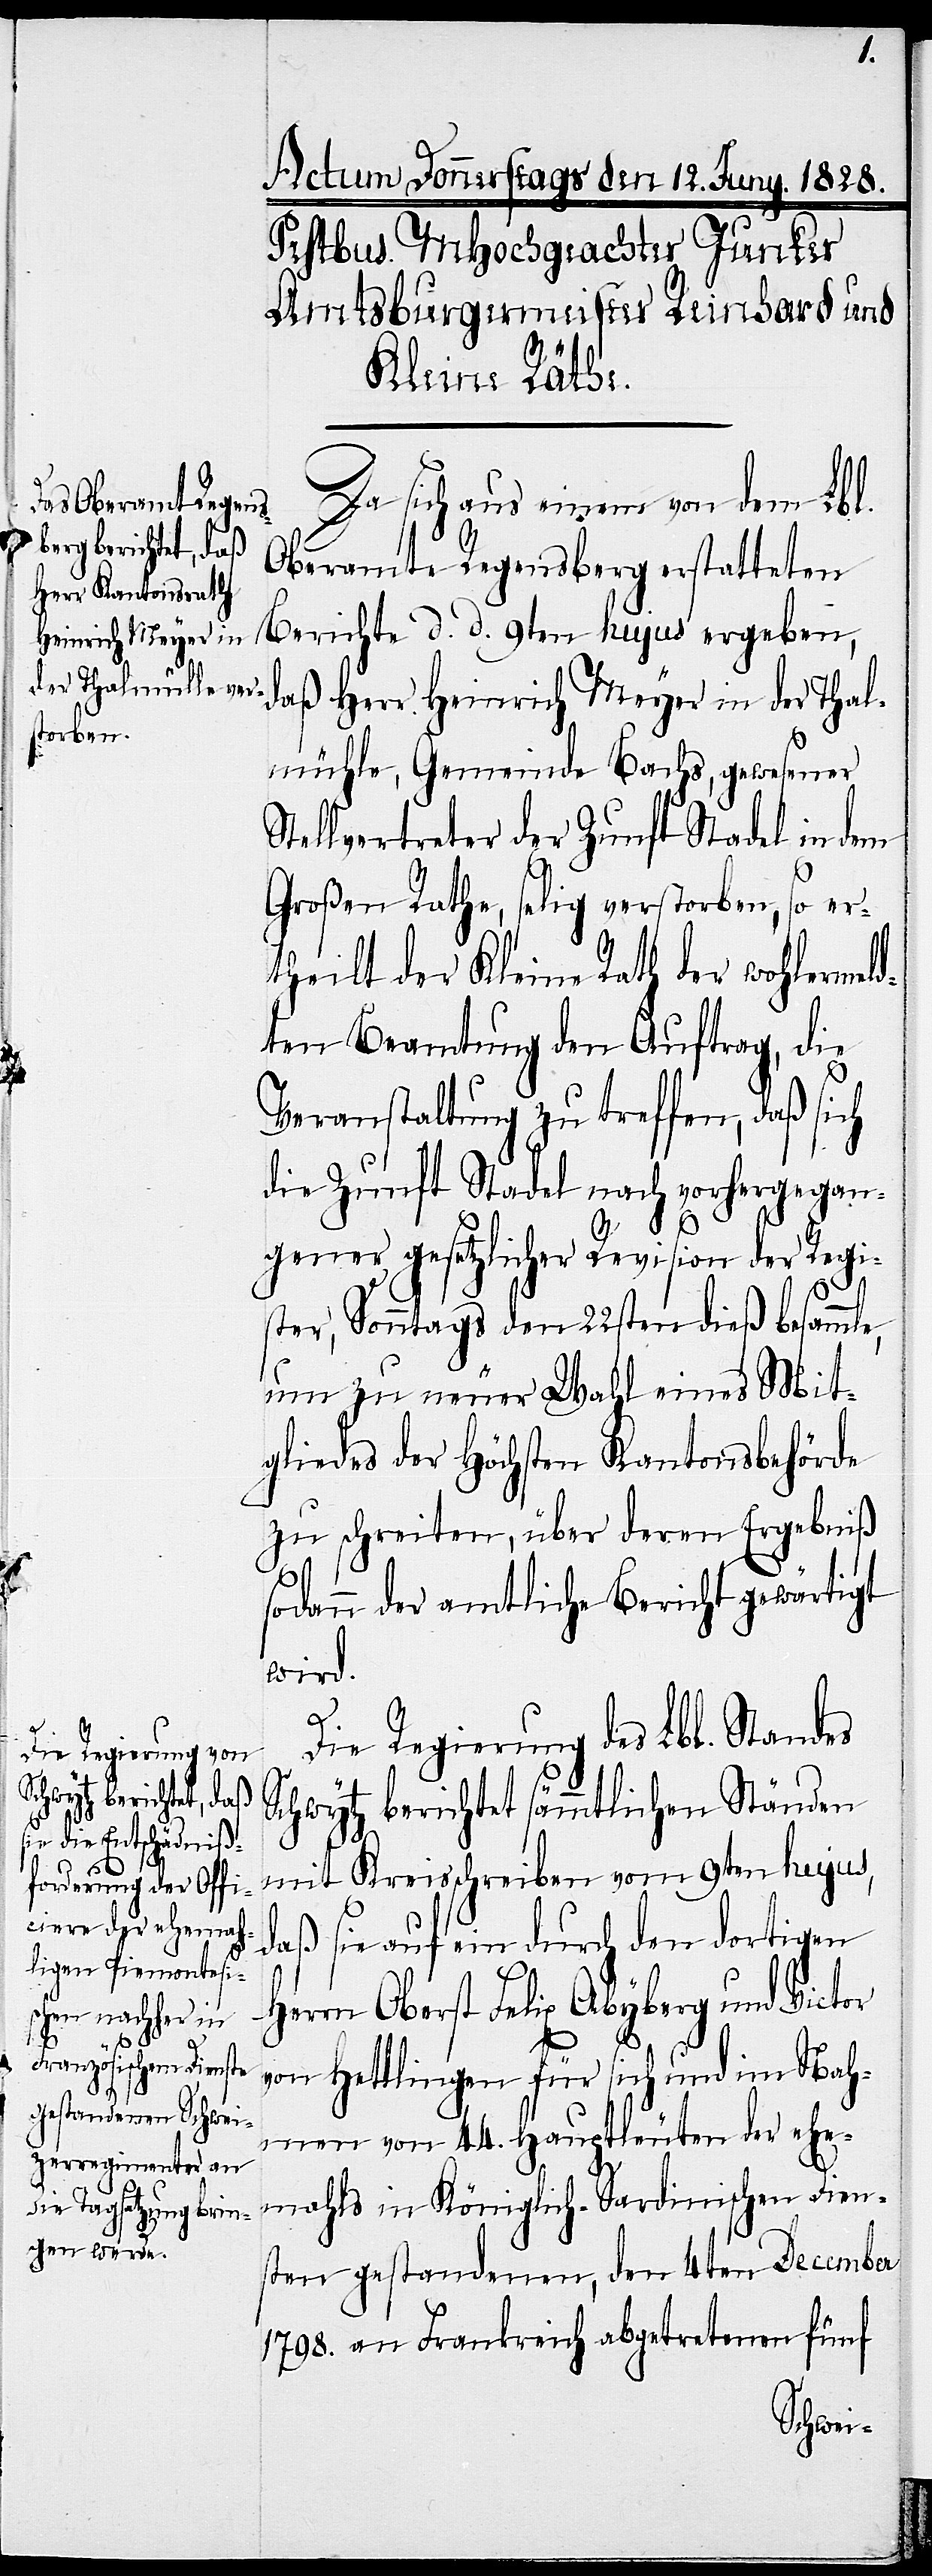
Da sich aus einem von dem Lbl.
Oberamte Regensberg erstatteten
Berichte d. d. 9ten hujus ergeben,
Heinrich Meyer in
mühle, Gemeinde Bachs, gewesener
Stellvertreter der Zunft Stadel in dem
Großen Rathe, selig verstorben, so er¬
theilt der Kleine Rath der wohlermeld¬
ten Beamtung den Auftrag, die
Veranstaltung zu treffen, daß sich
die Zunft Stadel nach vorhergegan¬
gener gesetzlicher Revision der Regi¬
ster, Sonntags den 22sten dieß besammle,
um zu neuer Wahl eines Mit¬
gliedes der Höchsten Kantonsbehörde
zu schreiten, über deren Ergebniß
sodann der amtliche Bericht gewärtigt
wird.
Die Regierung des Lbl. Standes
Schwytz berichtet sämmtlichen Ständen
Thal¬
mit Kreisschreiben vom 9ten hujus,
daß sie auf ein durch den dortigen
Herrn Oberst Felix Abyberg und Victor
von Hettlingen für sich und im Nah¬
men von 44. Hauptleuten der ehe¬
mahls in Königlich-Sardinischen Dien¬
sten gestandenen, den 4ten December
1798. an Frankreich abgetretenen fünf